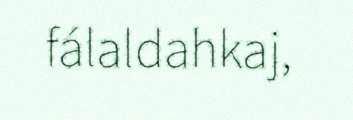
fálaldahkaj,